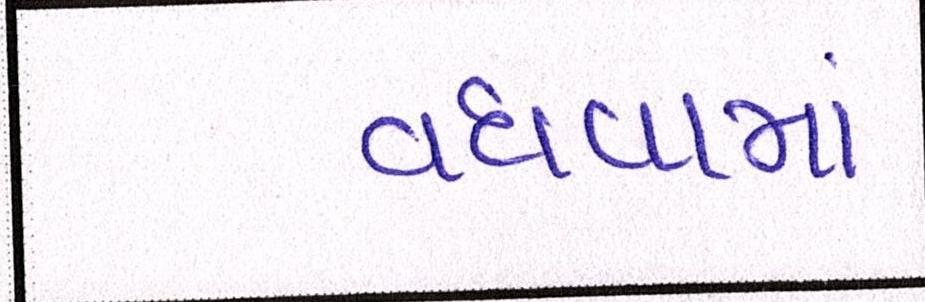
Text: વધવામાં